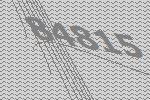
84815